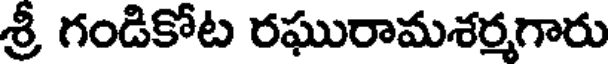
శ్రీ గండికోట రఘురామశర్మగారు